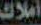
أملاك